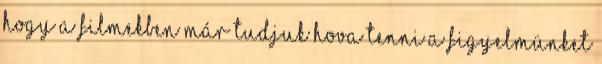
hogy a filmekben már tudjuk hova tenni a figyelmünket